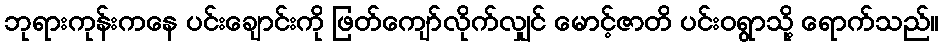
ဘုရားကုန်းကနေ ပင်းချောင်းကို ဖြတ်ကျော်လိုက်လျှင် မောင့်ဇာတိ ပင်းဝရွာသို့ ရောက်သည်။